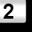
Digit: 2